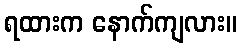
ရထားက နောက်ကျလား။